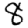
Digit: 8